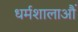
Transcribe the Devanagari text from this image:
धर्मशालाऔं